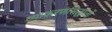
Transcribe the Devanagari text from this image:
व्याकरणसिद्धांतों